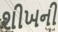
શીખની